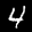
Label: 4